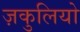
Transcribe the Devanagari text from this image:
ज़कुलियो